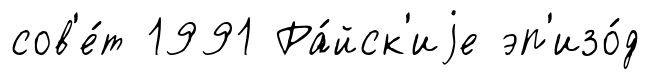
сов'е́т 1991 Ра́йск'иjе эп'изо́д